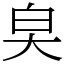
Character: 㚖